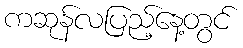
ကဆုန်လပြည့်နေ့တွင်